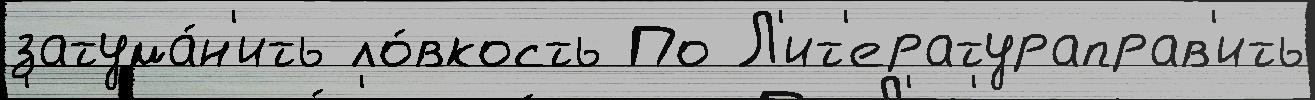
затума́н'ить ло́вкость По Л'ит'ератураправ'ить